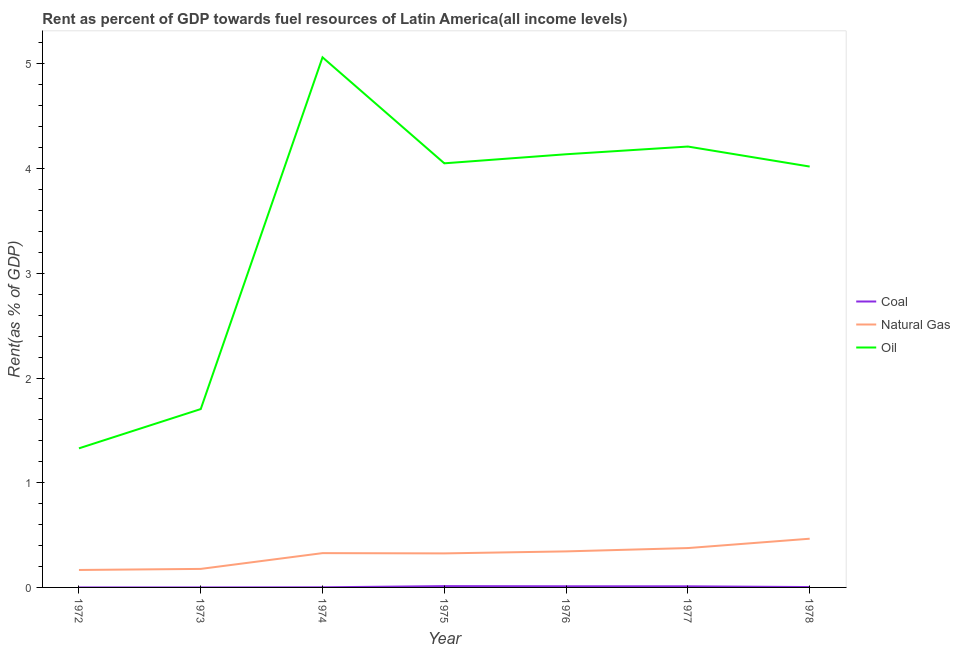
| Year | Coal | Natural Gas | Oil |
 | --- | --- | --- | --- |
 | 1972 | 3.11e-05 | 0.167 | 1.33 |
 | 1973 | 1.9e-05 | 0.177 | 1.7 |
 | 1974 | 0.00123 | 0.328 | 5.06 |
 | 1975 | 0.0126 | 0.325 | 4.05 |
 | 1976 | 0.0109 | 0.344 | 4.14 |
 | 1977 | 0.0106 | 0.376 | 4.21 |
 | 1978 | 0.00365 | 0.465 | 4.02 |